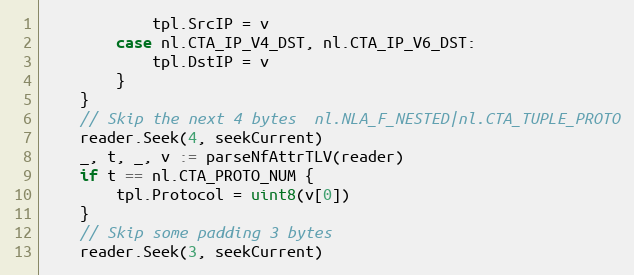
Language: Go
			tpl.SrcIP = v
		case nl.CTA_IP_V4_DST, nl.CTA_IP_V6_DST:
			tpl.DstIP = v
		}
	}
	// Skip the next 4 bytes  nl.NLA_F_NESTED|nl.CTA_TUPLE_PROTO
	reader.Seek(4, seekCurrent)
	_, t, _, v := parseNfAttrTLV(reader)
	if t == nl.CTA_PROTO_NUM {
		tpl.Protocol = uint8(v[0])
	}
	// Skip some padding 3 bytes
	reader.Seek(3, seekCurrent)